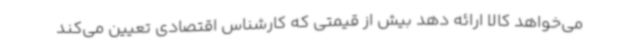
می‌خواهد کالا ارائه دهد بیش از قیمتی که کارشناس اقتصادی تعیین می‌کند